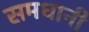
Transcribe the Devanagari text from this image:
समधानी